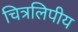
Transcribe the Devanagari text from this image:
चित्रलिपीय